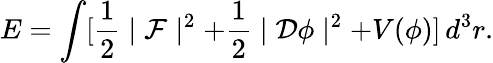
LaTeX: E=\int[\frac{1}{2}\mid{\cal F}\mid^{2}+\frac{1}{2}\mid{\cal D}\phi\mid^{2}+V(\phi)]\, d^{3}r.